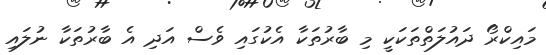
މައިކްރޯ ދައުލަތްތަކަކީ މި ބާރުތަކާ އެކުގައި ވެސް އަދި އެ ބާރުތަކާ ނުލައި